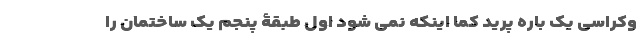
وکراسی یک باره پرید کما اینکه نمی شود اول طبقۀ پنجم یک ساختمان را